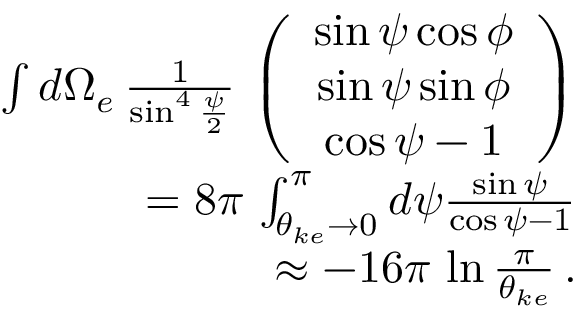
\begin{array} { r l r } & { } & { \int d \Omega _ { e } \, \frac { 1 } { \sin ^ { 4 } \frac { \psi } { 2 } } \, \left( \begin{array} { c } { \sin \psi \cos \phi } \\ { \sin \psi \sin \phi } \\ { \cos \psi - 1 } \end{array} \right) } \\ & { } & { = 8 \pi \, \int _ { \theta _ { k e } \rightarrow 0 } ^ { \pi } d \psi \frac { \sin \psi } { \cos \psi - 1 } } \\ & { } & { \approx - 1 6 \pi \, \ln \frac { \pi } { \theta _ { k e } } \, . } \end{array}